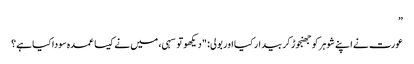
”
عورت نے اپنے شوہر کو جھنجوڑ کر بیدار کیا اور بولی: "دیکھو تو سہی، میں نے کیسا عمدہ سودا کیا ہے؟